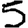
Digit: 5